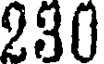
230